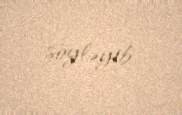
söyləyib.